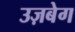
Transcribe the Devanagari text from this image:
उज़बेग